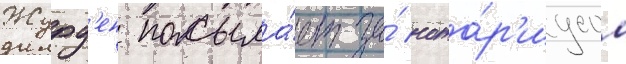
Журд'ен посыла́ет за́ нота́р'иусом